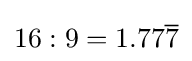
{\textstyle 16:9=1.77{\overline {7}}}